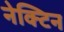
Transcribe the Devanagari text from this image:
नेक्टिन